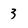
Character: 3